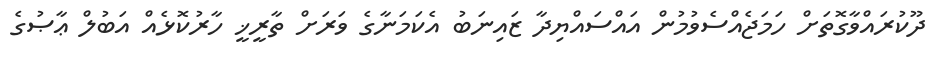
ދޫކުރައްވާގޮތަށް ހަމަޖެއްސެވުމުން އައްސައްޔިދާ ޒައިނަބު އެކަމަނާގެ ވަރަށް ތާރީޚީ ހާރުކޮޅެއް އަބުލް ޢާޞުގެ